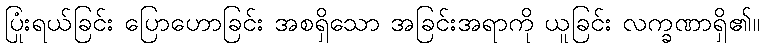
ပြုံးရယ်ခြင်း ပြောဟောခြင်း အစရှိသော အခြင်းအရာကို ယူခြင်း လက္ခဏာရှိ၏။